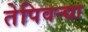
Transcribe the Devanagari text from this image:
तेपिवन्द्या